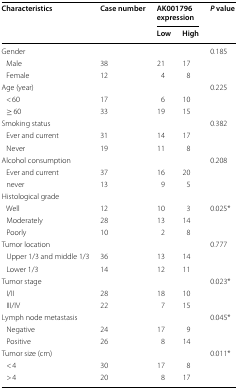
<table><thead><tr><td rowspan="2"><b>Characteristics</b></td><td rowspan="2"><b>Case number</b></td><td colspan="2"><b>AK001796 expression</b></td><td rowspan="2"><b><i>P</i> value</b></td></tr><tr><td><b>Low</b></td><td><b>High</b></td></tr></thead><tbody><tr><td colspan="4">Gender</td><td>0.185</td></tr><tr><td> Male</td><td>38</td><td>21</td><td>17</td><td></td></tr><tr><td> Female</td><td>12</td><td>4</td><td>8</td><td></td></tr><tr><td colspan="4">Age (year)</td><td>0.225</td></tr><tr><td> &lt; 60</td><td>17</td><td>6</td><td>10</td><td></td></tr><tr><td> ≥ 60</td><td>33</td><td>19</td><td>15</td><td></td></tr><tr><td colspan="4">Smoking status</td><td>0.382</td></tr><tr><td> Ever and current</td><td>31</td><td>14</td><td>17</td><td></td></tr><tr><td> Never</td><td>19</td><td>11</td><td>8</td><td></td></tr><tr><td colspan="4">Alcohol consumption</td><td>0.208</td></tr><tr><td> Ever and current</td><td>37</td><td>16</td><td>20</td><td></td></tr><tr><td> never</td><td>13</td><td>9</td><td>5</td><td></td></tr><tr><td colspan="5">Histological grade</td></tr><tr><td> Well</td><td>12</td><td>10</td><td>3</td><td>0.025*</td></tr><tr><td> Moderately</td><td>28</td><td>13</td><td>14</td><td></td></tr><tr><td> Poorly</td><td>10</td><td>2</td><td>8</td><td></td></tr><tr><td colspan="4">Tumor location</td><td>0.777</td></tr><tr><td> Upper 1/3 and middle 1/3</td><td>36</td><td>13</td><td>14</td><td></td></tr><tr><td> Lower 1/3</td><td>14</td><td>12</td><td>11</td><td></td></tr><tr><td colspan="4">Tumor stage</td><td>0.023*</td></tr><tr><td> I/II</td><td>28</td><td>18</td><td>10</td><td></td></tr><tr><td> III/IV</td><td>22</td><td>7</td><td>15</td><td></td></tr><tr><td colspan="4">Lymph node metastasis</td><td>0.045*</td></tr><tr><td> Negative</td><td>24</td><td>17</td><td>9</td><td></td></tr><tr><td> Positive</td><td>26</td><td>8</td><td>14</td><td></td></tr><tr><td colspan="4">Tumor size (cm)</td><td>0.011*</td></tr><tr><td> &lt; 4</td><td>30</td><td>17</td><td>8</td><td></td></tr><tr><td> &gt; 4</td><td>20</td><td>8</td><td>17</td><td></td></tr></tbody></table>